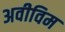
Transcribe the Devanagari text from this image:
अवीविम